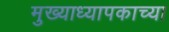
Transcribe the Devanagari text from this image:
मुख्याध्यापकाच्या